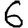
Digit: 6